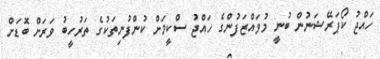
ހައްޖު ކޯޕަރޭޝަނުން ބުނީ މުވައްޒަފުންގެ ހައްޖު ސްކީމަށް ކުންފުނިތަކުގެ ތަރުހީބު ވަރަށް ބޮޑަށް